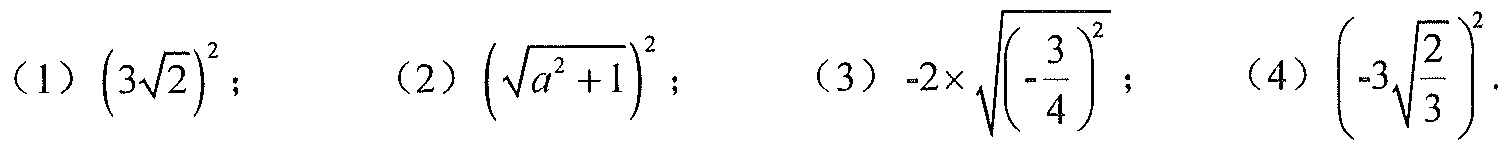
(1) $(3\sqrt{2})^{2}$；  (2) $\left(\sqrt{a^{2}+1}\right)^{2}$；  (3) $-2\times\sqrt{\left(-\dfrac{3}{4}\right)^{2}}$；  (4) $\left(-3\sqrt{\dfrac{2}{3}}\right)^{2}$.